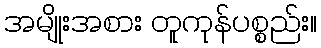
အမျိုးအစား တူကုန်ပစ္စည်း။